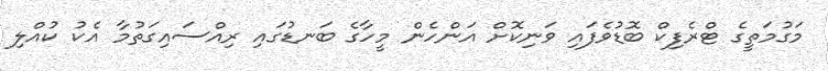
މަގުމަތީގެ ޓްރެފިކް ބޮޑުވެފައި ވަނިކޮށް އަންހެން މީހާގެ ބަނޑުގައި ރިއްސައިގަތުމާ އެކު ކުއްލި